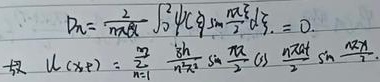
\[\begin{align*}
b_{n}&=\frac{2}{n\pi a}\int_{0}^{2}u(\xi)\sin\frac{n\pi \xi}{2}d\xi = 0\\
u(x,t)&=\sum_{n = 1}^{\infty}\frac{8}{n^{2}\pi^{2}}\sin\frac{n\pi}{2}\cos\frac{n\pi a t}{2}\sin\frac{n\pi x}{2}
\end{align*}\]